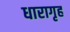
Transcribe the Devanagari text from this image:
धारागृह